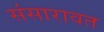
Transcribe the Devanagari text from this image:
संसारावत